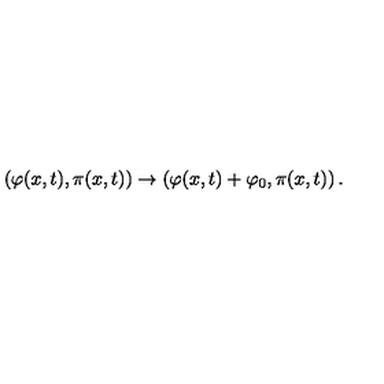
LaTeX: \left( \varphi ( x , t ) , \pi ( x , t ) \right) \to \left( \varphi ( x , t ) + \varphi _ { 0 } , \pi ( x , t ) \right) .